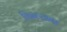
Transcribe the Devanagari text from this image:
किनऱ्यावर